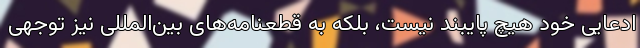
ادعایی خود هیچ پایبند نیست، بلکه به قطعنامه‌های بین‌المللی نیز توجهی